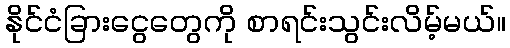
နိုင်ငံခြားငွေတွေကို စာရင်းသွင်းလိမ့်မယ်။